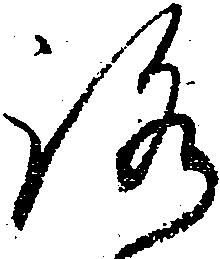
路